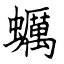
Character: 蠣